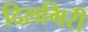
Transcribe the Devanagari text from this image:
दिलगिरी